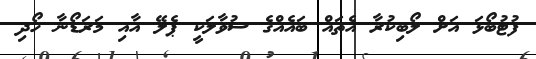
ފުޓުބޯޅަ އަށް ލޯބިކުރާ އެތައް ބައެއްގެ ސުވާލަކީ ޕެލޭ އާއި މަރަޑޯނާ ހޯދި